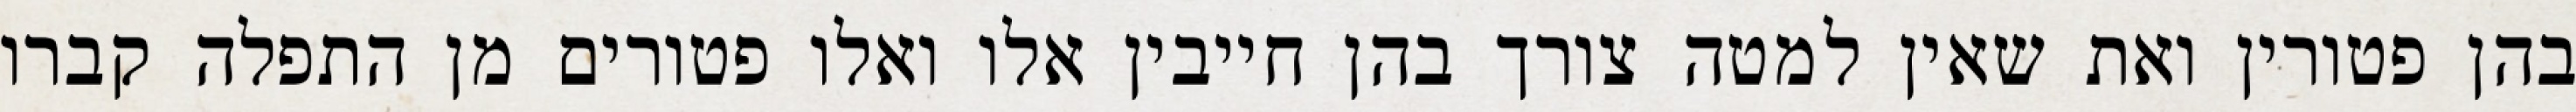
בהן פטורין ואת שאין למטה צורך בהן חייבין אלו ואלו פטורים מן התפלה קברו